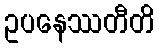
ဥပနေဿတီတိ